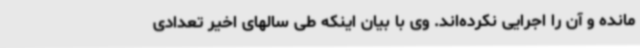
مانده و آن را اجرایی نکرده‌اند. وی با بیان اینکه طی سالهای اخیر تعدادی